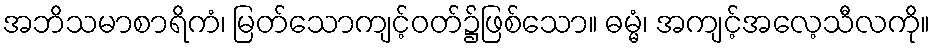
အဘိသမာစာရိကံ၊ မြတ်သောကျင့်ဝတ်၌ဖြစ်သော။ ဓမ္မံ၊ အကျင့်အလေ့သီလကို။